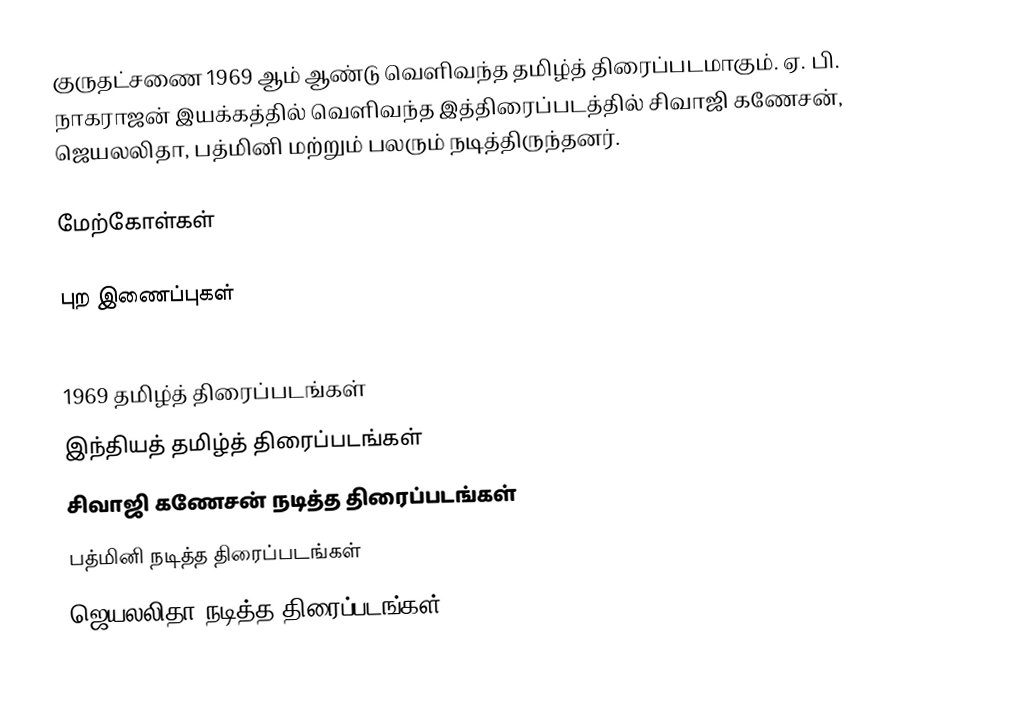
குருதட்சணை 1969 ஆம் ஆண்டு வெளிவந்த தமிழ்த் திரைப்படமாகும். ஏ. பி. நாகராஜன் இயக்கத்தில் வெளிவந்த இத்திரைப்படத்தில் சிவாஜி கணேசன், ஜெயலலிதா, பத்மினி மற்றும் பலரும் நடித்திருந்தனர்.

மேற்கோள்கள்

புற இணைப்புகள்

1969 தமிழ்த் திரைப்படங்கள்
இந்தியத் தமிழ்த் திரைப்படங்கள்
சிவாஜி கணேசன் நடித்த திரைப்படங்கள்
பத்மினி நடித்த திரைப்படங்கள்
ஜெயலலிதா நடித்த திரைப்படங்கள்